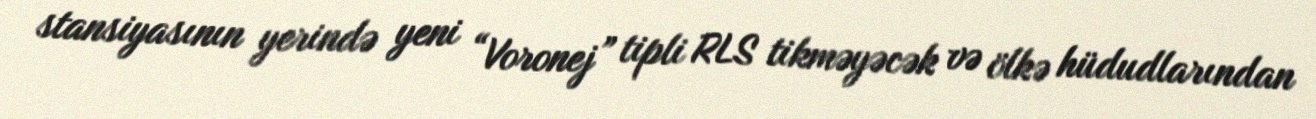
stansiyasının yerində yeni “Voronej” tipli RLS tikməyəcək və ölkə hüdudlarından